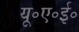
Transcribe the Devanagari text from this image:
यू॰ए॰ई॰